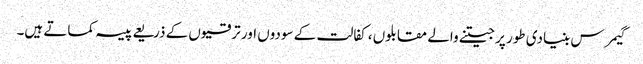
گیمرس بنیادی طور پر جیتنے والے مقابلوں ، کفالت کے سودوں اور ترقیوں کے ذریعے پیسہ کماتے ہیں۔